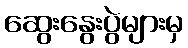
ဆွေးနွေးပွဲများမှ